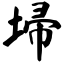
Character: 埽